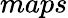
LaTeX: maps